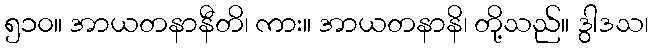
၅၁၀။ အာယတနာနီတိ၊ ကား။ အာယတနာနိ၊ တို့သည်။ ဒွါဒသ၊